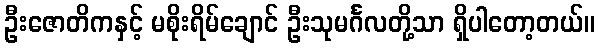
ဦးဇောတိကနှင့် မစိုးရိမ်ချောင် ဦးသုမင်္ဂလတို့သာ ရှိပါတော့တယ်။